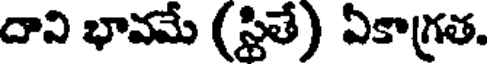
దాని భావమే (స్టితే) ఏకాగ్రత.